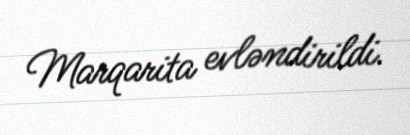
Marqarita evləndirildi.